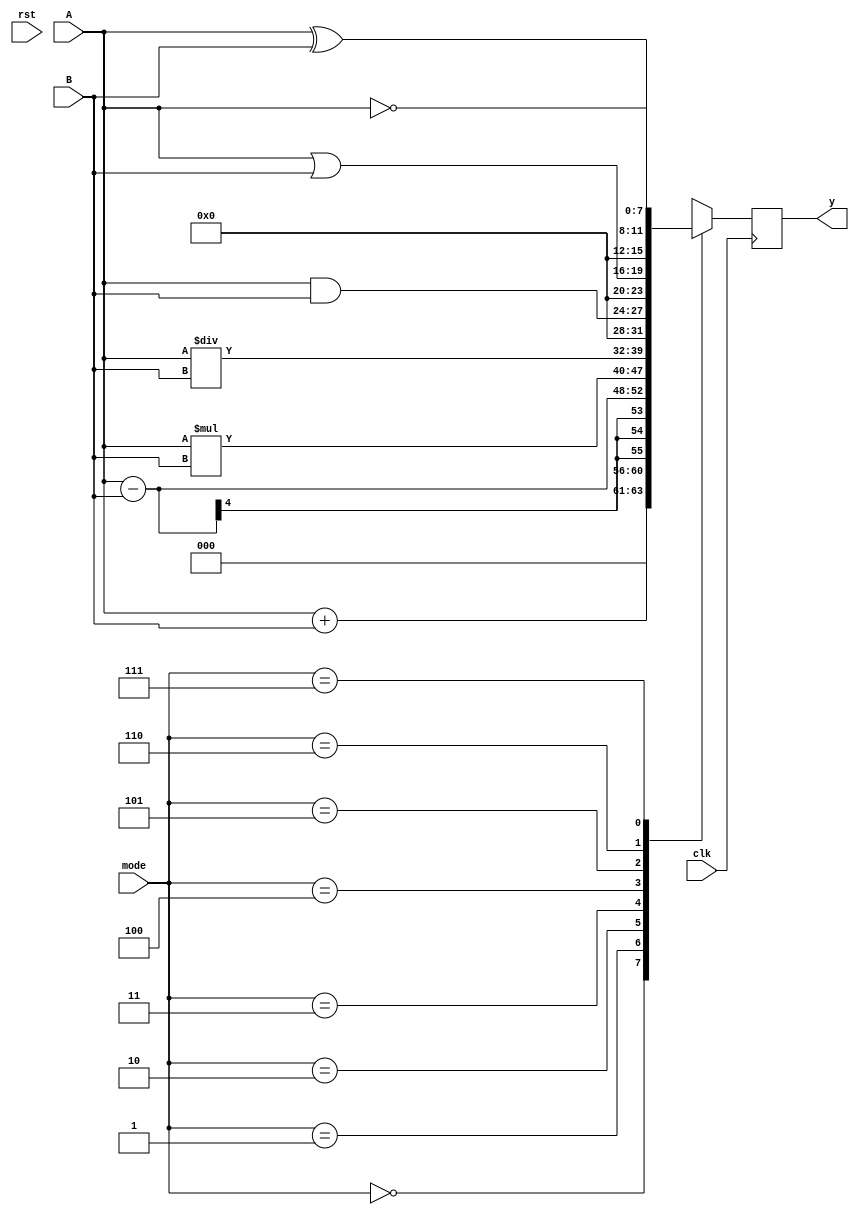
module alu_4_bit(A,B,clk,rst,mode,y);

	input wire [3:0]A,B;
	input clk,rst;
	output reg [7:0]y;
        input[2:0]mode;

    	always@(posedge clk)begin
	   	
        if(rst) begin

	    y<= 8'b0000_0000;
        end
	   // else begin
		case(mode)
           3'b000: y<= A+B;
     	   3'b001: y<= A-B;
	   3'b010: y<= A*B;
	   3'b011: y<= A/B;
	   3'b100: y<= A & B;
	   3'b101: y<= A | B;
 	   3'b110: y<= A ^ B;
	   3'b111: y<= ~A;
           default:y<= 8'b0000_0000;
       endcase
     //  end
      
   end 
endmodule